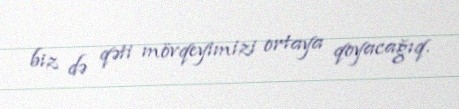
biz də qəti mövqeyimizi ortaya qoyacağıq.